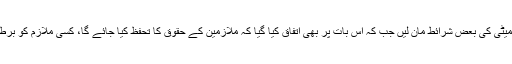
ذرائع کے مطابق مذاکرات کے دوران سول ایوی ایشن نے جوائنٹ ایکشن کمیٹی کی بعض شرائط مان لیں جب کہ اس بات پر بھی اتفاق کیا گیا کہ ملازمین کے حقوق کا تحفظ کیا جائے گا، کسی ملازم کو برطرف نہیں کیا جائے گا اور ملازمین کی مراعات میں کوئی کمی نہیں ہوگی۔